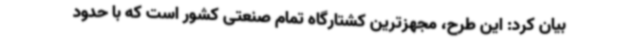
بیان کرد: این طرح، مجهزترین کشتارگاه تمام صنعتی کشور است که با حدود